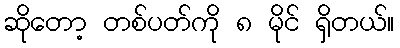
ဆိုတော့ တစ်ပတ်ကို ၈ မိုင် ရှိတယ်။